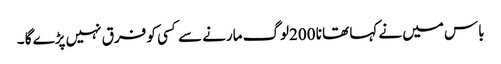
باس میں نے کہا تھا نا 200لوگ مارنے سے کسی کو فرق نہیں پڑے گا ۔